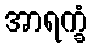
အာရက္ခံ